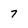
Character: 7